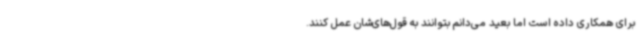
برای همکاری داده است اما بعید می‌دانم بتوانند به قول‌های‌شان عمل کنند.